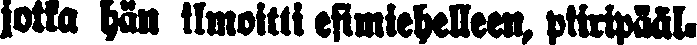
jotka hän ilmoitti esimiehelleen, piiripääl.